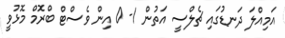
އަމިއްލަ ދަނޑުގައި ޗެލްސީ އަތުން 1- 0 އިން ވެސްޓް ބްރޮމް މޮޅުވީ